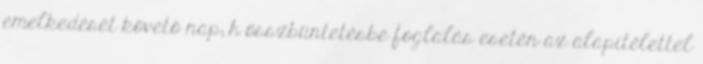
emelkedését követő nap; h összbüntetésbe foglalás esetén az alapítélettel